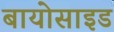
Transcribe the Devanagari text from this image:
बायोसाइड